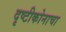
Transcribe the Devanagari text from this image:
दृष्टीकोनाचा